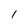
Character: 1